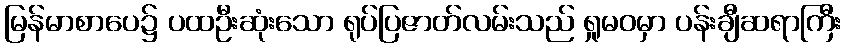
မြန်မာစာပေ၌ ပထဦးဆုံးသော ရုပ်ပြဇာတ်လမ်းသည် ရှုမဝမှာ ပန်းချီဆရာကြီး